Senior Leaving Certificate Examination (including Day School Certificate (Higher) General paper), 1946
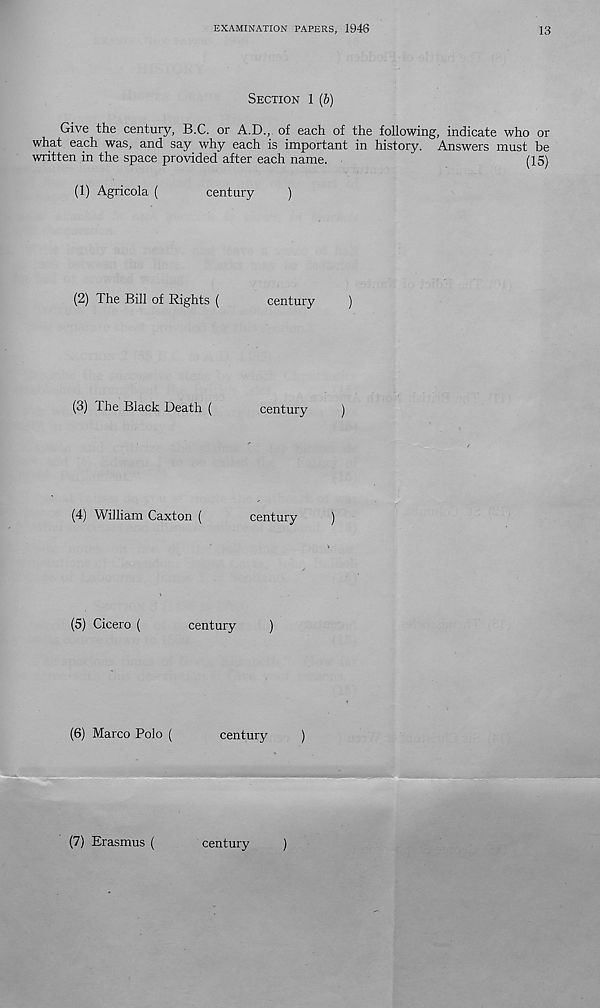
EXAMINATION PAPERS, 1946
13
SECTION 1 (b)
Give the century, B.C. or A.D., of each of the following, indicate who or
what each was, and say why each is important in history. Answers must be
written in the space provided after each name.
(15)
(1)
Agricola (
century
)
(2)
The Bill of Rights (
century
)
(3)
The Black Death (
century
)
(4)
William Caxton (
century
)
(5)
Cicero (
century
)
(6) Marco Polo (
■H
century
)
(7) Erasmus (
century
)